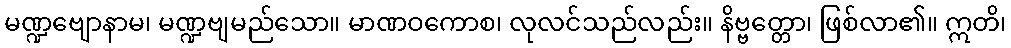
မဏ္ဍဗျောနာမ၊ မဏ္ဍဗျမည်သော။ မာဏဝကောစ၊ လုလင်သည်လည်း။ နိဗ္ဗတ္တော၊ ဖြစ်လာ၏။ ဣတိ၊